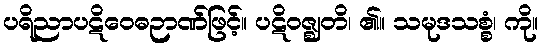
ပရိညာပဋိဝေဓဉာဏ်ဖြင့်။ ပဋိဝဇ္ဈတိ၊ ၏။ သမုဒသစ္စံ၊ ကို။